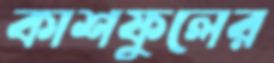
কাশফুলের